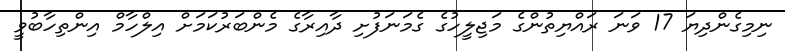
ނިމިގެންދިޔަ 17 ވަނަ ރައްޔިތުންގެ މަޖިލީހުގެ ގެމަނަފުށި ދާއިރާގެ މެންބަރުކަމަށް އިލްހާމް އިންތިހާބުވީ